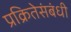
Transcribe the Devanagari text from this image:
प्रक्रितेसंबंधी